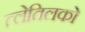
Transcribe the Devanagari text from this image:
त्लेतिलको